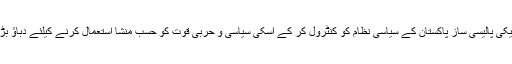
اس وقت امریکی پالیسی ساز پاکستان کے سیاسی نظام کو کنٹرول کر کے اسکی سیاسی و حربی قوت کو حسب منشا استعمال کرنے کیلئے دباؤ بڑھا رہے ہیں۔